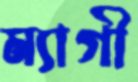
ম্যাগী